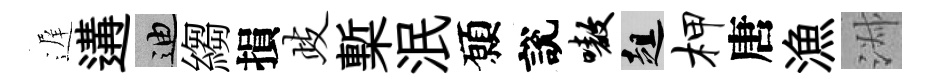
遅遘迪縐損歧槧泯願說嗷趄柙唐漁淑